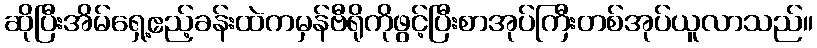
ဆိုပြီးအိမ်ရှေ့ဧည့်ခန်းထဲကမှန်ဗီရိုကိုဖွင့်ပြီးစာအုပ်ကြီးတစ်အုပ်ယူလာသည်။